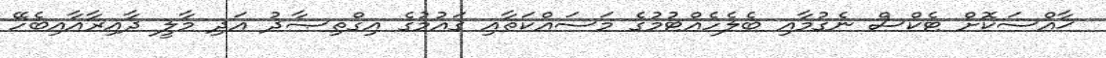
ޚާއްސަކޮށް ޓެކްސް ނެގުމާއި ބެލެހެއްޓުމުގެ މަސައްކަތާއި ޤައުމުގެ އިގްތިޞާދު އަދި މާލީ ދާއިރާއާއިބެހޭ